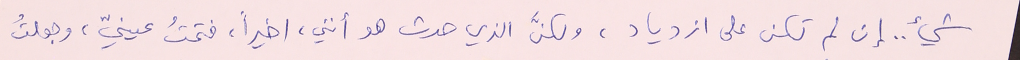
شيء .. إن لم تكن على ازدياد، ولكنَّ الذي حدث هو أنني، اخيراً، فتحتُ عينيّ، وجعلتُ